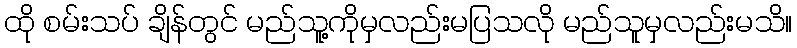
ထို စမ်းသပ် ချိန်တွင် မည်သူ့ကိုမှလည်းမပြသလို မည်သူမှလည်းမသိ။